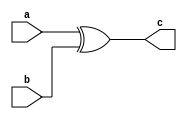
module xor_gate(a,b,c);
	input a,b;
	output c;
	xor (c,a,b);
endmodule